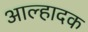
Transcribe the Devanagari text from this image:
आल्हादक